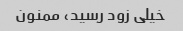
خیلی زود رسید، ممنون